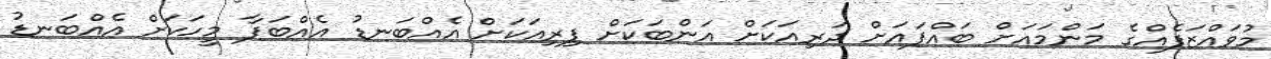
މުވައްޒަފެއްގެ މަންމައަށް ބައްޕައަށް ދަރިއަކަށް އަންބަކަށް ފިރިއަކަށް އެއްބަނޑު އެއްބަފާ މީހަކަށް އެއްބަނޑު